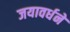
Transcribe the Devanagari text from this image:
जयावर्धने